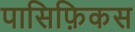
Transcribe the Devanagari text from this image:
पासिफ़िकस